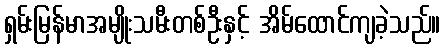
ရှမ်းမြန်မာအမျိုးသမီးတစ်ဦးနှင့် အိမ်ထောင်ကျခဲ့သည်။